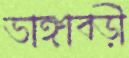
ভাঙ্গাবড়ী